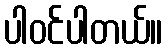
ပါဝင်ပါတယ်။